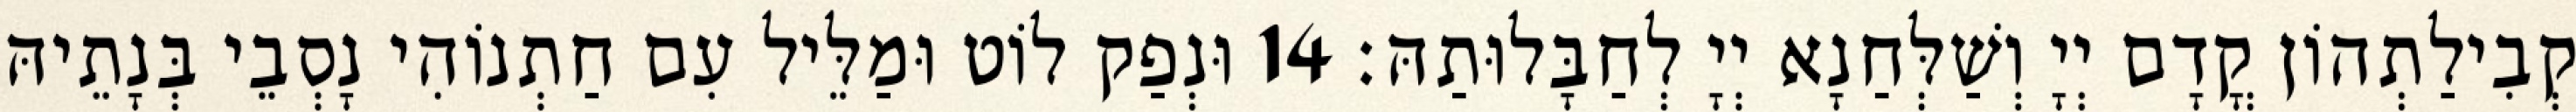
קְבִילַתְהוֹן קֳדָם יְיָ וְשַׁלְּחַנָא יְיָ לְחַבָּלוּתַהּ׃ 14 וּנְפַק לוֹט וּמַלֵּיל עִם חַתְנוֹהִי נָסְבֵי בְּנָתֵיהּ